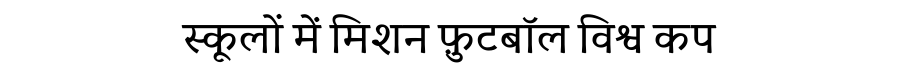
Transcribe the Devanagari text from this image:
स्कूलों में मिशन फ़ुटबॉल विश्व कप